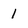
Character: 1